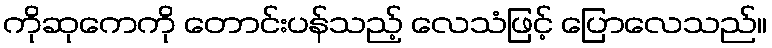
ကိုဆုကေကို တောင်းပန်သည့် လေသံဖြင့် ပြောလေသည်။